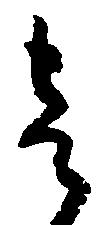
壱